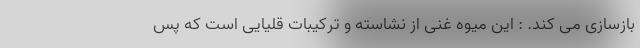
بازسازی می کند. : این میوه غنی از نشاسته و ترکیبات قلیایی است که پس